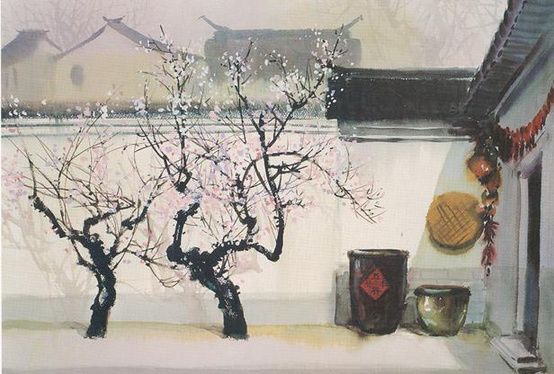
天涯也有江南信。梅破知春近。